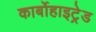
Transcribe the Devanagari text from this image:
कार्बोहाइट्रेड